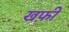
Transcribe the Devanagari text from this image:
खफ़ी